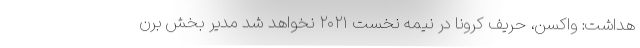
هداشت: واکسن، حریف کرونا در نیمه نخست ۲۰۲۱ نخواهد شد مدیر بخش برن